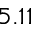
5 . 1 1